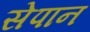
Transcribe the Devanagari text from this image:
सेपान